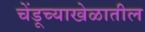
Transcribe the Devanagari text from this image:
चेंडूच्याखेळातील